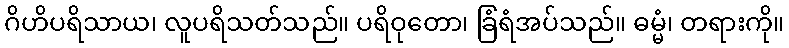
ဂိဟိပရိသာယ၊ လူပရိသတ်သည်။ ပရိဝုတော၊ ခြံရံအပ်သည်။ ဓမ္မံ၊ တရားကို။